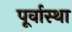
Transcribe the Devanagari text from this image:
पूर्वास्था